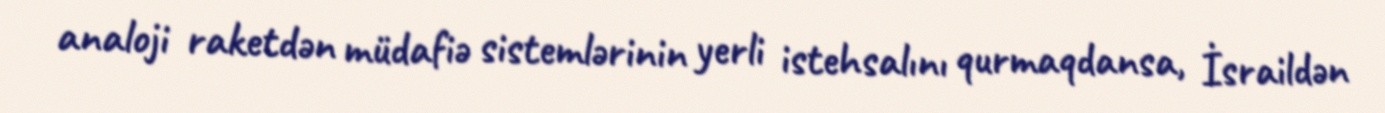
analoji raketdən müdafiə sistemlərinin yerli istehsalını qurmaqdansa, İsraildən